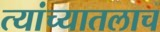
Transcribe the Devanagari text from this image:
त्यांच्यातलाच